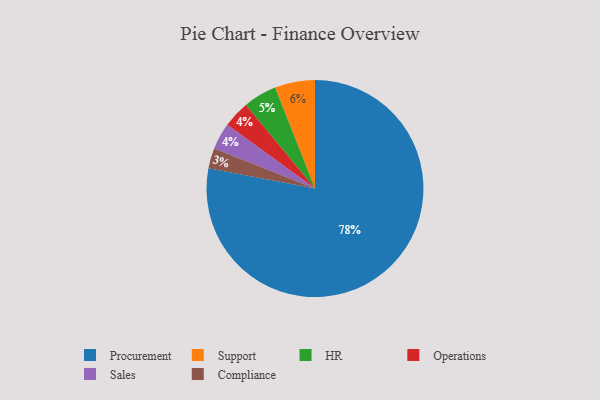
{"axis": {"x": "Category", "y": "Percentage"}, "legend": ["Compliance", "HR", "Operations", "Procurement", "Sales", "Support"], "data": [{"x": "Procurement", "y": 78, "type": "Procurement"}, {"x": "HR", "y": 5, "type": "HR"}, {"x": "Compliance", "y": 3, "type": "Compliance"}, {"x": "Operations", "y": 4, "type": "Operations"}, {"x": "Sales", "y": 4, "type": "Sales"}, {"x": "Support", "y": 6, "type": "Support"}]}